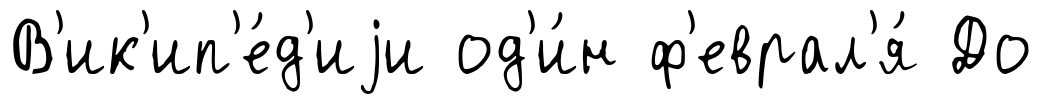
В'ик'ип'е́д'иjи од'и́н ф'еврал'я́ До